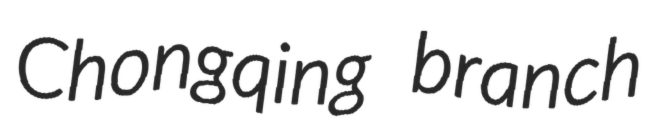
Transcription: Chongqing branch